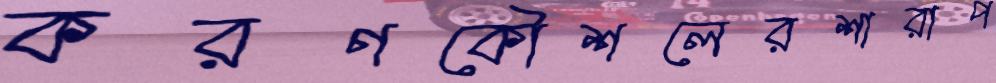
করণকৌশলেরশারাপ